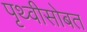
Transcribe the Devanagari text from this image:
पृथ्वीसोबत